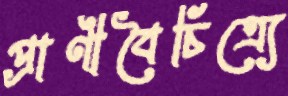
প্রাণীবৈচিত্র্যে